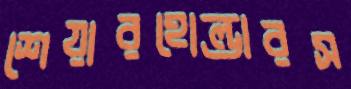
শেয়ারহোল্ডারস